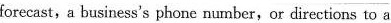
forecast,a business's phone number,or directions to a